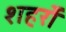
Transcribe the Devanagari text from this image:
शहरोँ